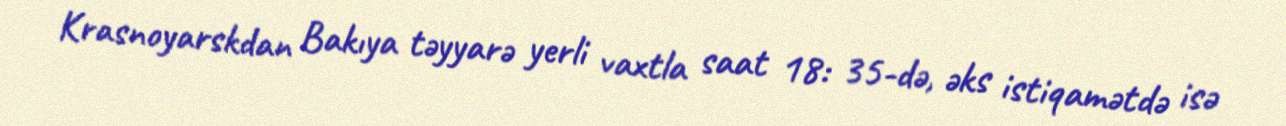
Krasnoyarskdan Bakıya təyyarə yerli vaxtla saat 18: 35-də, əks istiqamətdə isə